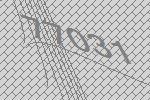
77031